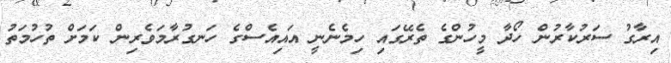
އިރާގު ސަރުކާރުން ހޯދާ މީހުންގެ ތެރޭގައި ހިމެނެނީ އައިއެސްގެ ހަނގުރާމަވެރިން ކަމަށް ތުހުމަތު